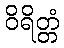
ဝိရိတ္တံ